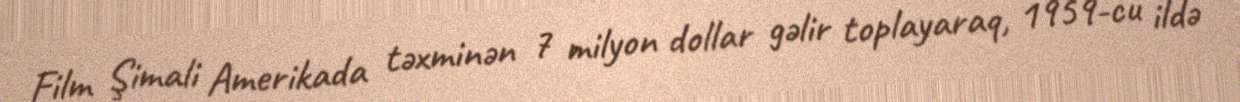
Film Şimali Amerikada təxminən 7 milyon dollar gəlir toplayaraq, 1959-cu ildə